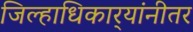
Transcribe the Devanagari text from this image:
जिल्हाधिकार्‍यांनीतर